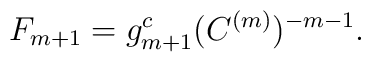
F_{m+1} = g_{m+1}^{c}(C^{(m)})^{-m-1}.